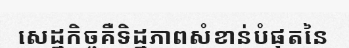
សេដ្ឋកិច្ចគឺទិដ្ឋភាពសំខាន់បំផុតនៃ